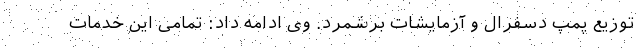
توزیع پمپ دسفرال و آزمایشات برشمرد. وی ادامه داد: تمامی این خدمات